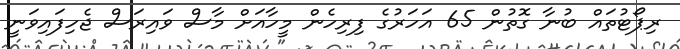
ރިޕޯޓުތައް ބުނާ ގޮތުން 65 އަހަރުގެ ފިރިހެން މީހާއަށް މާސް ވައިރަސް ޖެހިފައިވަނީ